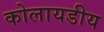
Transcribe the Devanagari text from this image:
कोलायडीय